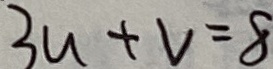
3 u + v = 8